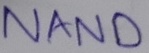
Text: NAND